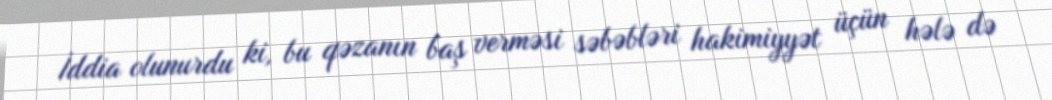
İddia olunurdu ki, bu qəzanın baş verməsi səbəbləri hakimiyyət üçün hələ də